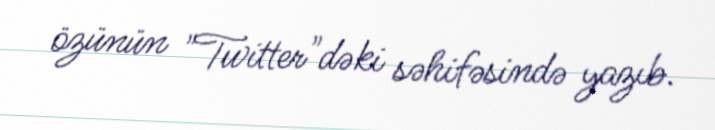
özünün "Twitter"dəki səhifəsində yazıb.